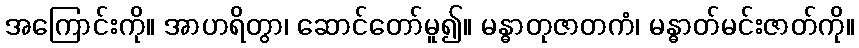
အကြောင်းကို။ အာဟရိတွာ၊ ဆောင်တော်မူ၍။ မန္ဓာတုဇာတကံ၊ မန္ဓာတ်မင်းဇာတ်ကို။